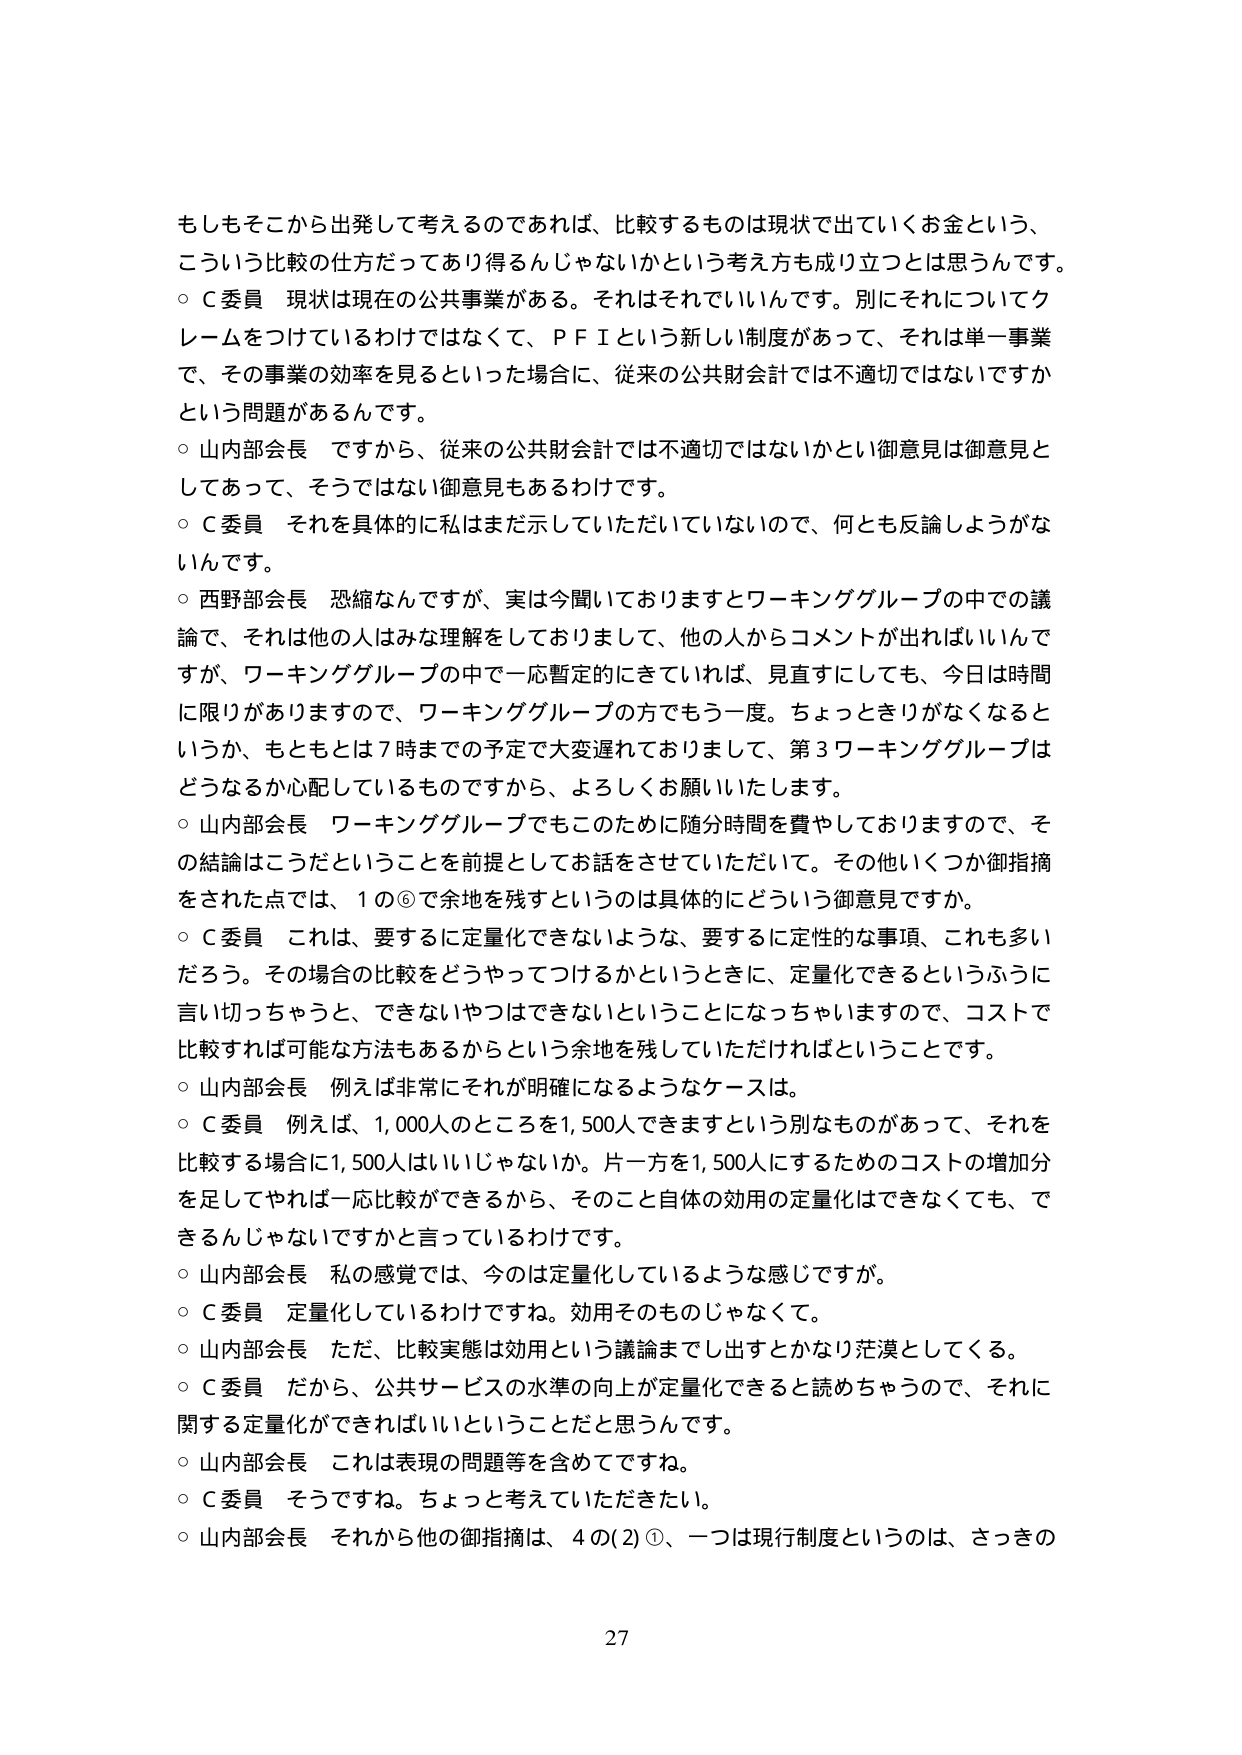
もしもそこから出発して考えるのであれば、比較するものは現状で出ていくお金という、
こういう比較の仕方だってあり得るんじゃないかという考え方も成り立つとは思うんです。
○Ｃ委員　現状は現在の公共事業がある。それはそれでいいんです。別にそれについてク
レームをつけているわけではなくて、ＰＦＩという新しい制度があって、それは単一事業
で、その事業の効率を見るといった場合に、従来の公共財会計では不適切ではないですか
という問題があるんです。
○山内部会長　ですから、従来の公共財会計では不適切ではないかとい御意見は御意見と
してあって、そうではない御意見もあるわけです。
○Ｃ委員　それを具体的に私はまだ示していただいていないので、何とも反論しようがな
いんです。
○西野部会長　恐縮なんですが、実は今聞いておりますとワーキンググループの中での議
論で、それは他の人はみな理解をしておりまして、他の人からコメントが出ればいいんで
すが、ワーキンググループの中で一応暫定的にきていれば、見直すにしても、今日は時間
に限りがありますので、ワーキンググループの方でもう一度。ちょっときりがなくなると
いうか、もともとは７時までの予定で大変遅れておりまして、第３ワーキンググループは
どうなるか心配しているものですから、よろしくお願いいたします。
○山内部会長　ワーキンググループでもこのために随分時間を費やしておりますので、そ
の結論はこうだということを前提としてお話をしてさしていただい。その他いくつか御指摘
をされた点では、１の⑥で余地を残すというのは具体的にどういう御意見ですか。
○Ｃ委員　これは、要するに定量化できないような、要するに定性的な事項、これも多い
だろう。その場合の比較をどうやってつけるかというときに、定量化できるというふうに
言い切っちゃうと、できないやつはできないということになっちゃいますので、コストで
比較すれば可能な方法もあるからという余地を残していただければということです。
○山内部会長　例えば非常にそれが明確になるようなケースは。
○Ｃ委員　例えば、1,000人のところを1,500人できますという別なものがあって、それを
比較する場合に1,500人はいいじゃないか。片一方を1,500人にするためのコストの増加分
を足してやれば一応比較ができるから、そのこと自体の効用の定量化はできなくても、で
きるんじゃないですかと言っているわけです。
○山内部会長　私の感覚では、今のは定量化しているような感じですが。
○Ｃ委員　定量化しているわけですね。効用そのものじゃなくて。
○山内部会長　ただ、比較実態は効用という議論までし出すとかなり茫漠としてくる。
○Ｃ委員　だから、公共サービスの水準の向上が定量化できると読めちゃうので、それに
関する定量化ができればいいということだと思うんです。
○山内部会長　これは表現の問題等を含めてですね。
○Ｃ委員　そうですね。ちょっと考えていただきたい。
○山内部会長　それから他の御指摘は、４の(2)①、一つは現行制度というのは、さっきの
27